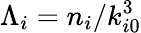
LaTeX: {\Lambda_{i}=n_{i}/k_{i0}^{3}}